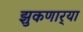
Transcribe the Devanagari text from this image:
झुकणार्‍या